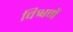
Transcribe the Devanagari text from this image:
विश्वमें